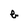
Character: b